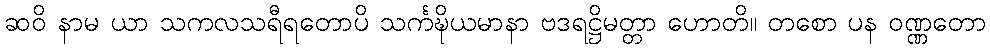
ဆဝိ နာမ ယာ သကလသရီရတောပိ သင်္ကဍ္ဎိယမာနာ ဗဒရဋ္ဌိမတ္တာ ဟောတိ။ တစော ပန ဝဏ္ဏတော